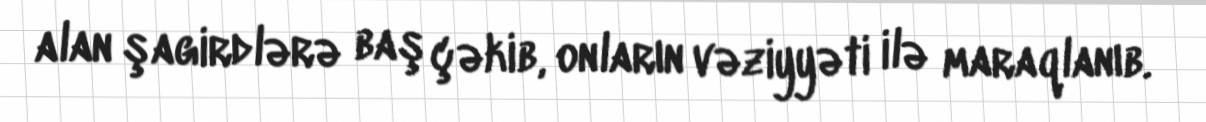
alan şagirdlərə baş çəkib, onların vəziyyəti ilə maraqlanıb.